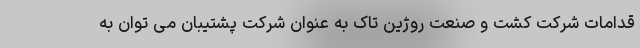
قدامات شرکت کشت و صنعت روژین تاک به عنوان شرکت پشتیبان می توان به